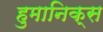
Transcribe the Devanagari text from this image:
हुमानिक्स